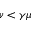
\nu < \gamma \mu